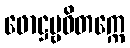
ဖောဋ္ဌဗ္ဗဝိတက္ကေ